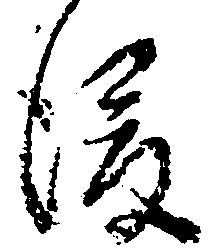
後